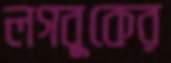
লগবুকের